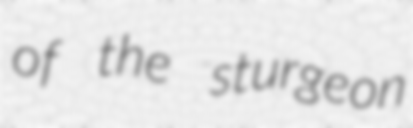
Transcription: of the sturgeon